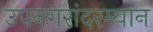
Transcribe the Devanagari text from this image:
उपनगरांदरम्यान